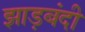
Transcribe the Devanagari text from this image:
झाड़बंदी